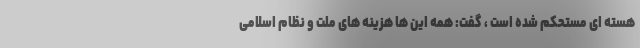
هسته ای مستحکم شده است ، گفت: همه این ها هزینه های ملت و نظام اسلامی